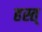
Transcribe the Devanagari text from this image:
हस्त्